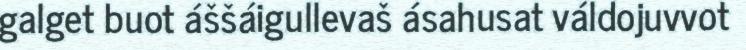
galget buot áššáigullevaš ásahusat váldojuvvot